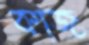
কাজ